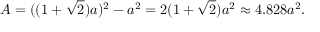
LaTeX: A = ( ( 1 + { \sqrt { 2 } } ) a ) ^ { 2 } - a ^ { 2 } = 2 ( 1 + { \sqrt { 2 } } ) a ^ { 2 } \approx 4 . 8 2 8 a ^ { 2 } .